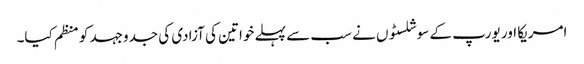
امریکا اور یورپ کے سوشلسٹوں نے سب سے پہلے خواتین کی آزادی کی جدوجہد کو منظم کیا۔